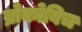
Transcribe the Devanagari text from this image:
ब्रोकोविच